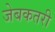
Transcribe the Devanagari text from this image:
जेबकतरी